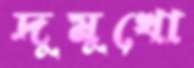
দুমুখো